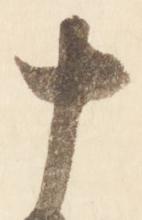
十